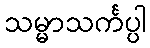
သမ္မာသင်္ကပ္ပါ